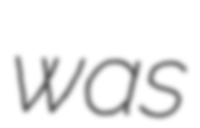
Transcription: was